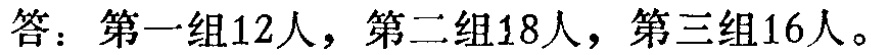
答：第一组12人，第二组18人，第三组16人。